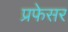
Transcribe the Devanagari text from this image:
प्रफेसर